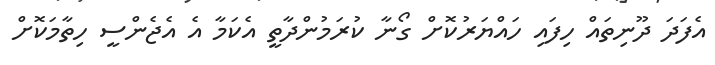
އެފަދަ ދޫނިތައް ހިފައި ހައްޔަރުކޮށް ގޯނާ ކުރަމުންދާތީ އެކަމާ އެ އެޖެންސީ ހިތާމަކޮށް